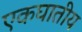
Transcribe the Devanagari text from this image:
एकघातीय